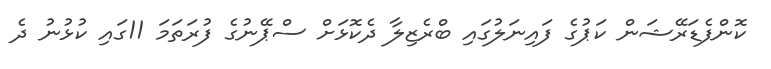
ކޮންފެޑަރޭޝަން ކަޕުގެ ފައިނަލުގައި ބްރެޒިލާ ދެކޮޅަށް ސްޕޭނުގެ ފުރަތަމަ 11ގައި ކުޅުނު ދެ